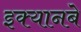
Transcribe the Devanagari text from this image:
इक्यानबे